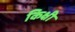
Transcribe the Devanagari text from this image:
किक्षी